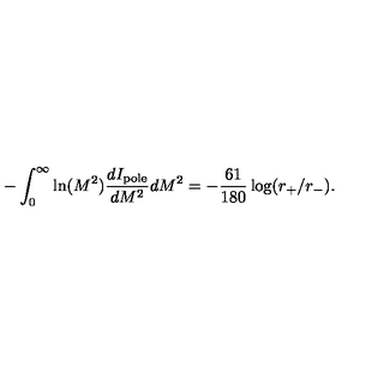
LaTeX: - \int _ { 0 } ^ { \infty } \ln ( M ^ { 2 } ) { \frac { d I _ { \mathrm { p o l e } } } { d M ^ { 2 } } } d M ^ { 2 } = - { \frac { 6 1 } { 1 8 0 } } \log ( r _ { + } / r _ { - } ) .